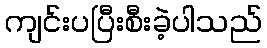
ကျင်းပပြီးစီးခဲ့ပါသည်